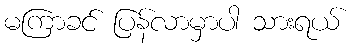
မကြာခင် ပြန်လာမှာပါ သားရယ်